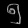
Digit: ၅